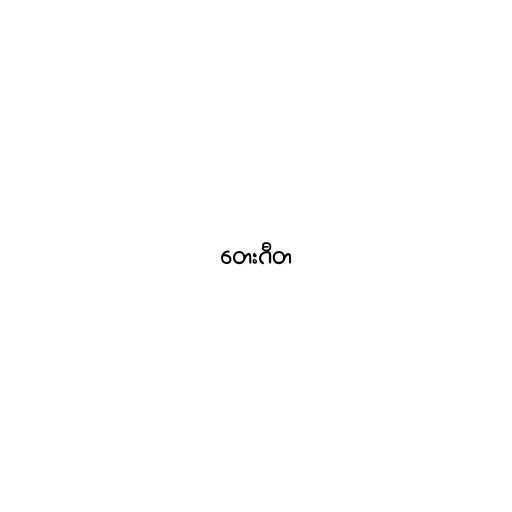
တေးဂီတ